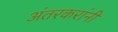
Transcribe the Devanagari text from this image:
अंतरकरांनी